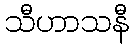
သီဟာသနီ